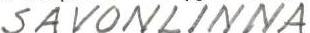
SAVONLINNA